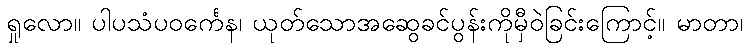
ရှုလော။ ပါပသံပဝင်္ကေန၊ ယုတ်သောအဆွေခင်ပွန်းကိုမှီဝဲခြင်းကြောင့်။ မာတာ၊